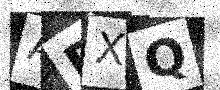
Text: AEXQ